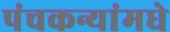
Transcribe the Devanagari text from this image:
पंचकन्यांमधे